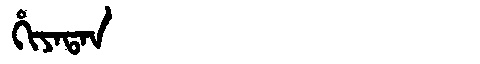
Manchu: ᡥᡳᠶᠠᡨᠠᠨ
Romanization: HIYATAN